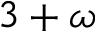
3 + \omega